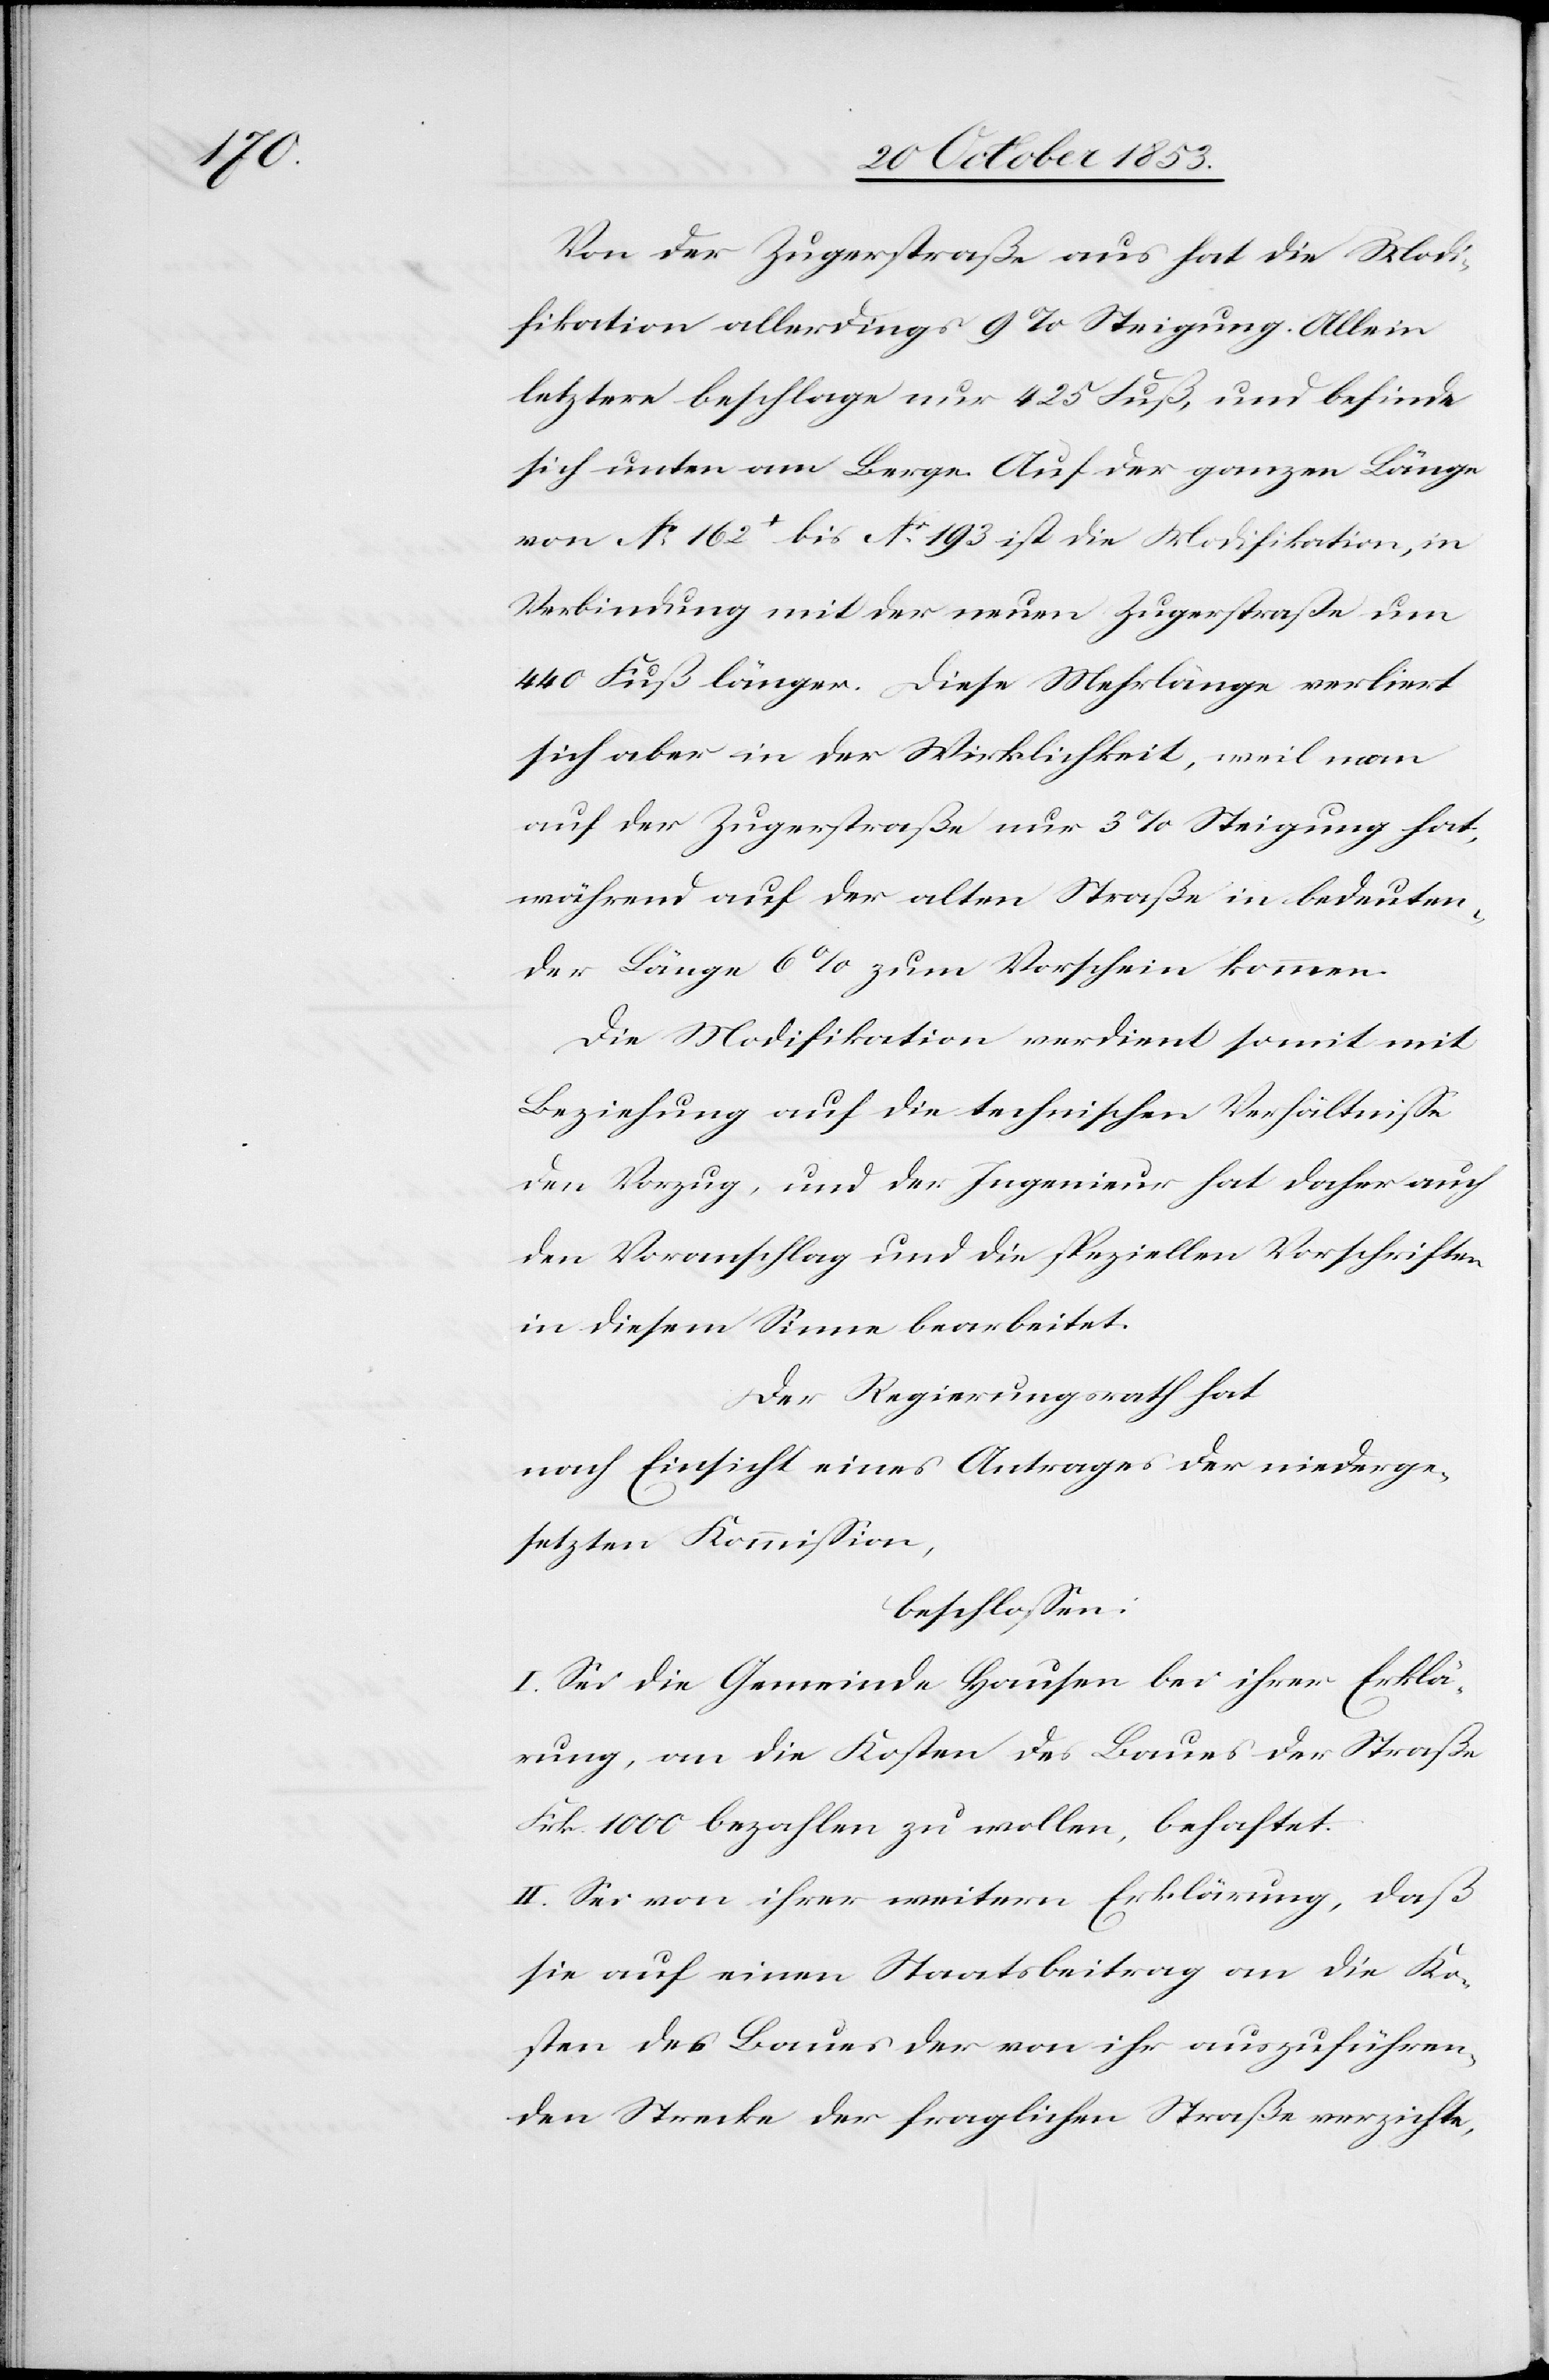
Von der Zugerstraße aus hat die Modi¬
fikation allerdings 9% Steigung. Allein
letztere beschlage nur 425 Fuß, und befinde
sich unten am Berge. Auf der ganzen Länge
von N° 162 bis N° 193 ist die Modifikation, in
Verbindung mit der neuen Zugerstraße um
440 Fuß länger. Diese Mehrlänge verliert
sich aber in der Wirklichkeit, weil man
auf der Zugerstraße nur 3% Steigung hat,
während auf der alten Straße in bedeuten¬
der Länge 6% zum Vorschein kommen.
Die Modifikation verdient somit mit
Beziehung auf die technischen Verhältniße
den Vorzug, und der Ingenieur hat daher auch
den Voranschlag und die speziellen Vorschriften
in diesem Sinne bearbeitet.
Der Regierungsrath hat
nach Einsicht eines Antrages der niederge¬
setzten Kommißion,
beschloßen:
I. Sei die Gemeinde Hausen bei ihrer Erklä¬
rung, an die Kosten des Baues der Straße
Frk. 1000 bezahlen zu wollen, behaftet.
II. Sei von ihrer weitern Erklärung, daß
sie auf einen Staatsbeitrag an die Ko¬
sten des Baues der von ihr auszuführen¬
den Strecke der fraglichen Straße verzichte,